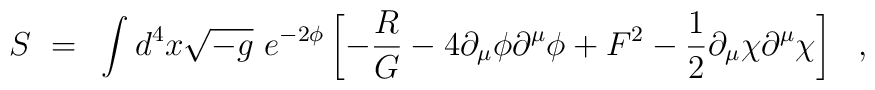
S~=~\int d^4x \sqrt{-g}~e^{-2\phi} \left[ - \frac{R}{G} - 4\partial_\mu \phi \partial^\mu \phi + F^2 - \frac{1}{2} \partial_\mu\chi \partial^\mu \chi \right]~~,